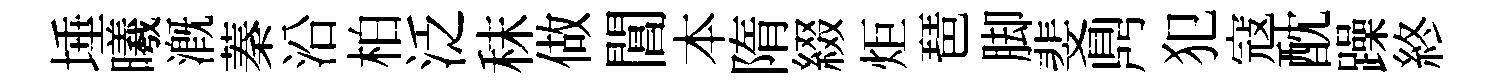
埵曦溉蓁沿柏泛秣做閶本隋綴炬琶脚斐𪔂犯寇酖躁終